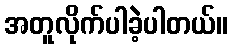
အတူလိုက်ပါခဲ့ပါတယ်။